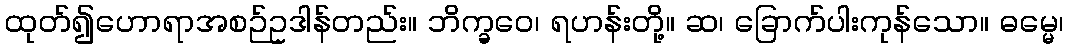
ထုတ်၍ဟောရာအစဉ်ဥဒါန်တည်း။ ဘိက္ခဝေ၊ ရဟန်းတို့။ ဆ၊ ခြောက်ပါးကုန်သော။ ဓမ္မေ၊